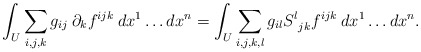
\begin{align*}\int_U \sum_{i,j,k} g_{ij} \: \partial_k f^{ijk} \: dx^1 \ldots dx^n =\int_U \sum_{i,j,k,l} g_{il} S^l_{\: \: jk} f^{ijk} \: dx^1 \ldots dx^n.\end{align*}